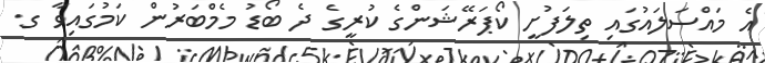
އެ މައްސަލައުގައި ތިލަފުށީ ކޯޕަރޭޝަންގެ ކުރީގެ ދެ ބޯޑު މެމްބަރުން ކަމުގައިވާ ގ.